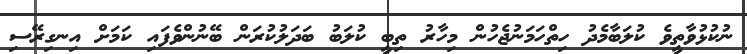
ނުކުޅުވާތީވެ ކުލަބާމެދު ހިތްހަމަނުޖެހުން މިހާރު ތިބީ ކުލަބު ބަދަލުކުރަން ބޭނުންވެފައި ކަމަށް އިނގިރޭސި